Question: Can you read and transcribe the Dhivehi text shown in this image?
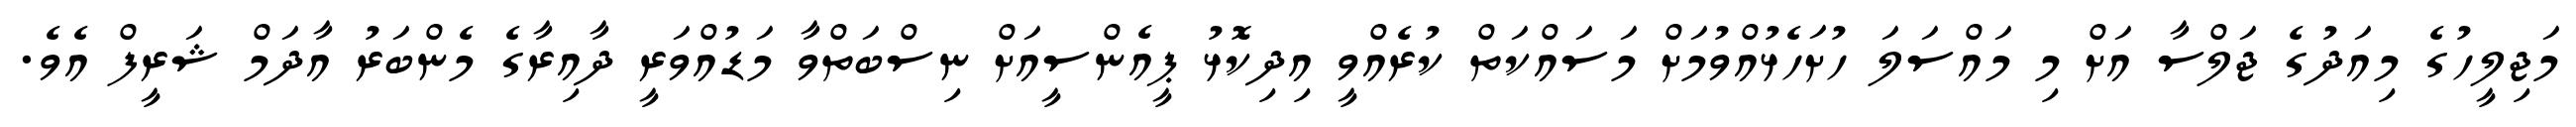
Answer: މަޖިލީހުގެ މިއަދުގެ ޖަލްސާ އަށް މި މައްސަލަ ހުށަހެޅުއްވުމަށް މަސައްކަތް ކުރެއްވީ އިދިކޮޅު ޕީއެންސީއަށް ނިސްބަތްވާ މަޑުއްވަރީ ދާއިރާގެ މެންބަރު އާދަމް ޝަރީފް އެވެ.